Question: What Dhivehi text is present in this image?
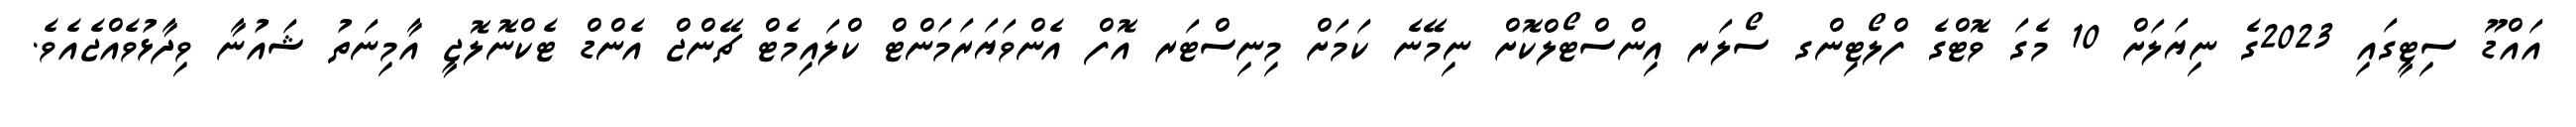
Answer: އައްޑޫ ސިޓީގައި 2023ގެ ނިޔަލަށް 10 މެގަ ވޮޓްގެ ފްލޯޓިންގ ސޯލަރ އިންސްޓޯލްކޮށް ނިމޭނެ ކަމަށް މިނިސްޓަރ އޮފް އެންވަޔަރަމަންޓް ކްލައިމެޓް ޗޭންޖް އެންޑް ޓެކްނޮލޮޖީ އާމިނަތު ޝައުނާ ވިދާޅުވެއްޖެއެވެ.